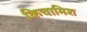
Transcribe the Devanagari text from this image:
किचामिश